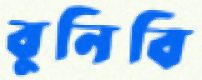
বুনিবি